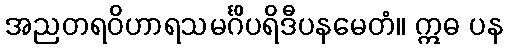
အညတရဝိဟာရသမင်္ဂိပရိဒီပနမေတံ။ ဣဓ ပန